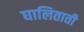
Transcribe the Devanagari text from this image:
घालिताती